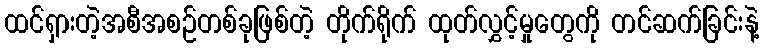
ထင်ရှားတဲ့အစီအစဉ်တစ်ခုဖြစ်တဲ့ တိုက်ရိုက် ထုတ်လွှင့်မှုတွေကို တင်ဆက်ခြင်းနဲ့